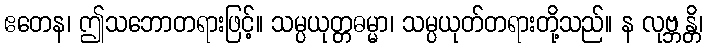
ဧတေန၊ ဤသဘောတရားဖြင့်။ သမ္ပယုတ္တဓမ္မာ၊ သမ္ပယုတ်တရားတို့သည်။ န လုဗ္ဘန္တိ၊